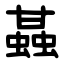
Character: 䗣